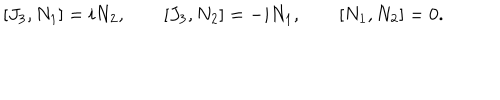
[ J _ { 3 } , N _ { 1 } ] = i N _ { 2 } , \qquad [ J _ { 3 } , N _ { 2 } ] = - i N _ { 1 } , \qquad [ N _ { 1 } , N _ { 2 } ] = 0 .